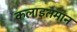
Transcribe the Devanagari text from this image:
कलाइतमान